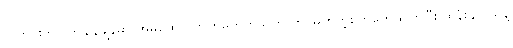
လူတိုင်းဟာ တချိန်ချိန်မှာ အိမ်ထောင်ဘက်မဟုတ်သူကို တပ်မက်တဲ့စိတ်တွေ ရှိကြပြီး ထိန်းချုပ်သူနဲ့